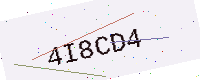
Text: 4I8CD4